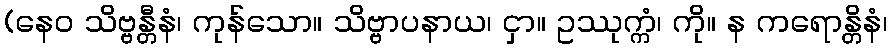
(နေဝ သိဗ္ဗန္တီနံ၊ ကုန်သော။ သိဗ္ဗာပနာယ၊ ငှာ။ ဥဿုက္ကံ၊ ကို။ န ကရောန္တိနံ၊